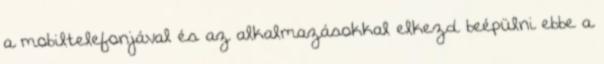
a mobiltelefonjával és az alkalmazásokkal elkezd beépülni ebbe a